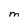
Character: M